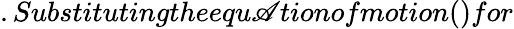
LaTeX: .Substitutingtheequ\mathscr{A}tionofmotion()for